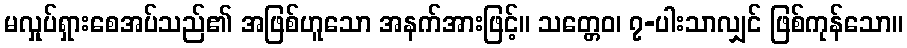
မလှုပ်ရှားစေအပ်သည်၏ အဖြစ်ဟူသော အနက်အားဖြင့်။ သတ္တေဝ၊ ၇-ပါးသာလျှင် ဖြစ်ကုန်သော။